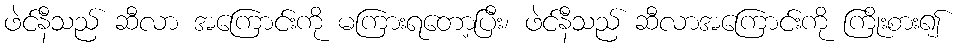
ဖဲင်နီသည် ဆီလာ အကြောင်းကို မကြားရတော့ပြီး၊ ဖဲင်နီသည် ဆီလာအကြောင်းကို ကြိုးစား၍